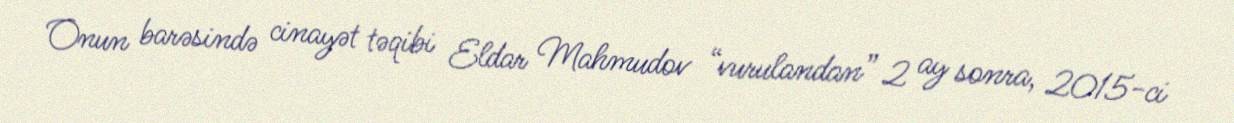
Onun barəsində cinayət təqibi Eldar Mahmudov “vurulandan” 2 ay sonra, 2015-ci